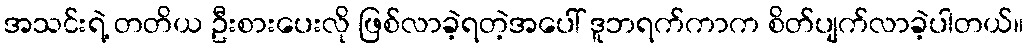
အသင်းရဲ့ တတိယ ဦးစားပေးလို ဖြစ်လာခဲ့ရတဲ့အပေါ် ဒူဘရက်ကာက စိတ်ပျက်လာခဲ့ပါတယ်။